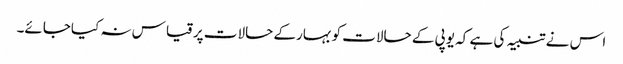
اس نے تنبیہ کی ہے کہ یوپی کے حالات کوبہارکے حالات پرقیاس نہ کیاجائے۔